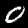
Label: 0